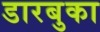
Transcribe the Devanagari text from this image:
डारबुका